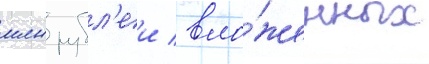
млн рубл'еи / вло́женных